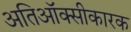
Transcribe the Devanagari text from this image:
अतिऑक्सीकारक